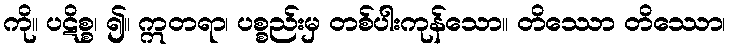
ကို။ ပဋိစ္စ၊ ၍။ ဣတရာ၊ ပစ္စည်းမှ တစ်ပါးကုန်သော။ တိဿော တိဿော၊